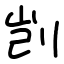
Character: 剀